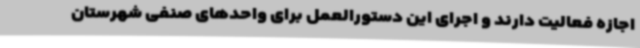
اجازه فعالیت دارند و اجرای این دستورالعمل برای واحدهای صنفی شهرستان